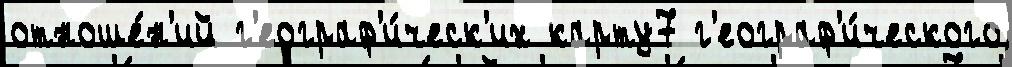
отноше́н'ий г'еограф'и́ческ'их карту7 г'еограф'и́ческого